Annual administration report of the Civil Veterinary Department of India - 1895-1896
Year: 1895
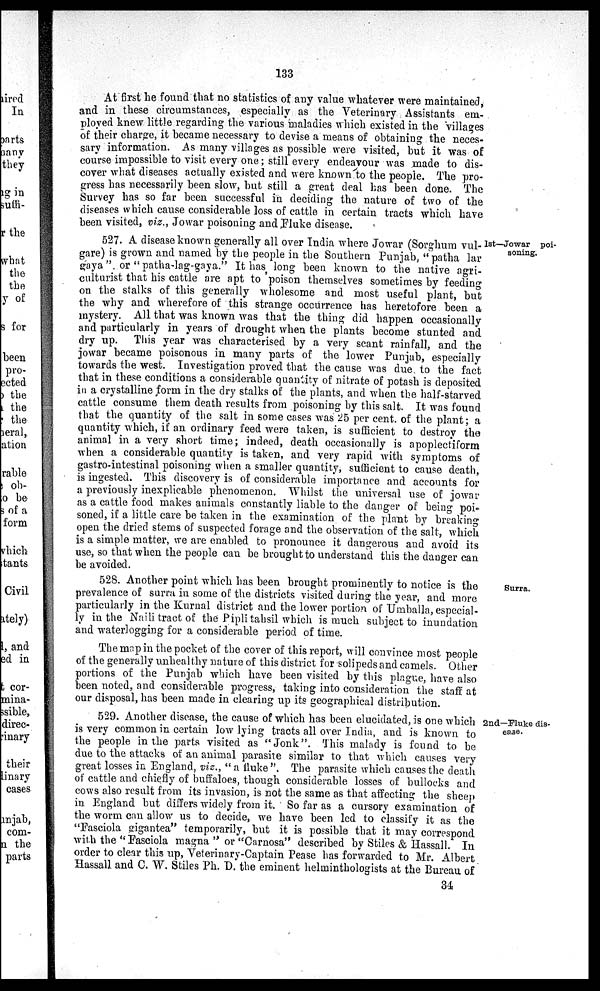
133
At first he found that no statistics of any value whatever were maintained,
and in these circumstances, especially as the Veterinary Assistants em-
ployed knew little regarding the various maladies which existed in the villages
of their charge, it became necessary to devise a means of obtaining the neces-
sary information. As many villages as possible were visited, but it was of
course impossible to visit every one; still every endeavour was made to dis-
cover what diseases actually existed and were known to the people. The pro-
gress has necessarily been slow, but still a great deal has been done. The
Survey has so far been successful in deciding the nature of two of the
diseases which cause considerable loss of cattle in certain tracts which have
been visited, viz., Jowar poisoning and Fluke disease.
1st—Jowar poi-
soning.
527. A disease known generally all over India where Jowar (Sorghum vul-
gare) is grown and named by the people in the Southern Punjab, "patha lar
gaya" or "patha-lag-gaya." It has long been known to the native agri-
culturist that his cattle are apt to poison themselves sometimes by feeding
on the stalks of this generally wholesome and most useful plant, but
the why and wherefore of this strange occurrence has heretofore been a
mystery. All that was known was that the thing did happen occasionally
and particularly in years of drought when the plants become stunted and
dry up. This year was characterised by a very scant rainfall, and the
jowar became poisonous in many parts of the lower Punjab, especially
towards the west. Investigation proved that the cause was due to the fact
that in these conditions a considerable quantity of nitrate of potash is deposited
in a crystalline form in the dry stalks of the plants, and when the half-starved
cattle consume them death results from poisoning by this salt. It was found
that the quantity of the salt in some cases was 25 per cent. of the plant; a
quantity which, if an ordinary feed were taken, is sufficient to destroy the
animal in a very short time; indeed, death occasionally is apoplectiform
when a considerable quantity is taken, and very rapid with symptoms of
gastro-intestinal poisoning when a smaller quantity, sufficient to cause death,
is ingested. This discovery is of considerable importance and accounts for
a previously inexplicable phenomenon. Whilst the universal use of jowar
as a cattle food makes animals constantly liable to the danger of being poi-
soned, if a little care be taken in the examination of the plant by breaking
open the dried stems of suspected forage and the observation of the salt, which
is a simple matter, we are enabled to pronounce it dangerous and avoid its
use, so that when the people can be brought to understand this the danger can
be avoided.
Surra.
528. Another point which has been brought prominently to notice is the
prevalence of surra in some of the districts visited during the year, and more
particularly in the Kurnal district and the lower portion of Umballa, especial-
ly in the Naili tract of the Pipli tabsil which is much subject to inundation
and waterlogging for a considerable period of time.
The map in the pocket of the cover of this report, will convince most people
of the generally unhealthy nature of this district for solipeds and camels. Other
portions of the Punjab which have been visited by this plague, have also
been noted, and considerable progress, taking into consideration the staff at
our disposal, has been made in clearing up its geographical distribution.
2nd—Fluke dis-
ease.
529. Another disease, the cause of which has been elucidated, is one which
is very common in certain low lying tracts all over India, and is known to
the people in the parts visited as "Jonk". This malady is found to be
due to the attacks of an animal parasite similar to that which causes very
great losses in England, viz., "a fluke". The parasite which causes the death
of cattle and chiefly of buffaloes, though considerable losses of bullocks and
cows also result from its invasion, is not the same as that affecting the sheep
in England but differs widely from it. So far as a cursory examination of
the worm can allow us to decide, we have been led to classify it as the
"Fasciola gigantea" temporarily, but it is possible that it may correspond
with the "Fasciola magna" or "Carnosa" described by Stiles & Hassall. In
order to clear this up, Veterinary-Captain Pease has forwarded to Mr. Albert
Hassall. and C. W. Stiles Ph. D. the eminent helminthologists at the Bureau of
34